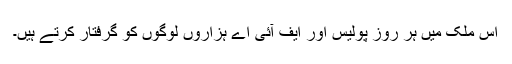
اس ملک میں ہر روز پولیس اور ایف آئی اے ہزاروں لوگوں کو گرفتار کرتے ہیں۔